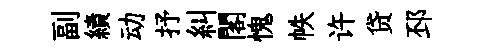
副績动抒糾閣愧帙许贷邳